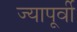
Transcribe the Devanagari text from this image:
ज्यापूर्वी